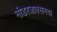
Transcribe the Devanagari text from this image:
नीडरजाक्सनचा